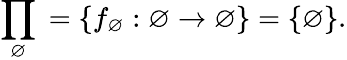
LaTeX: \prod_{\varnothing}{}=\left\{ f_{\varnothing}:\varnothing\to\varnothing\right\} =\{ \varnothing\} .